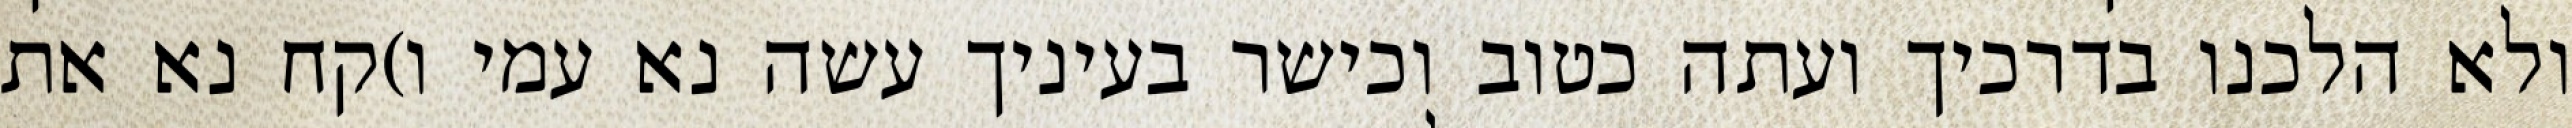
ולא הלכנו בדרכיך ועתה כטוב וכישר בעיניך עשה נא עמי ו)קח נא את